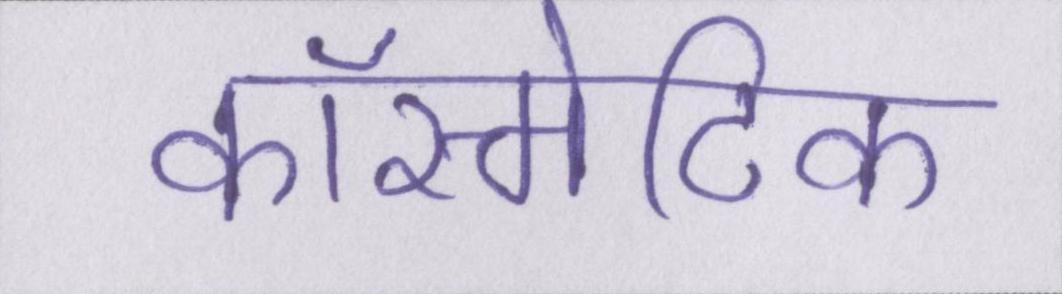
कॉस्मेटिक